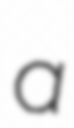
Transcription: a